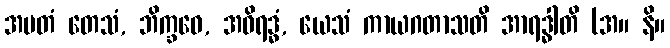
အမတံ တေသံ, ဘိက္ခဝေ, အဝိရဒ္ဓံ, ယေသံ ကာယဂတာသတိ အာရဒ္ဓါတိ (အ။ နိ။